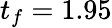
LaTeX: t_{f}=1.95